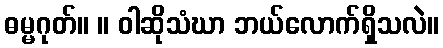
ဓမ္မဂုတ်။ ။ ဝါဆိုသံဃာ ဘယ်လောက်ရှိသလဲ။